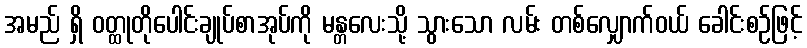
အမည် ရှိ ဝတ္ထုတိုပေါင်းချုပ်စာအုပ်ကို မန္တလေးသို့ သွားသော လမ်း တစ်လျှောက်ဝယ် ခေါင်းစဉ်ဖြင့်